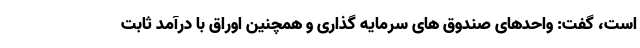
است، گفت: واحدهای صندوق های سرمایه گذاری و همچنین اوراق با درآمد ثابت